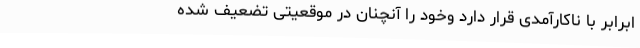
ابرابر با ناکارآمدی قرار دارد وخود را آنچنان در موقعیتی تضعیف شده